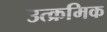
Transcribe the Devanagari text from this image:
उत्क्रमिक